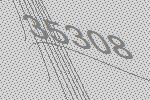
35308